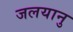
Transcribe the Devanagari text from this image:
जलयानु